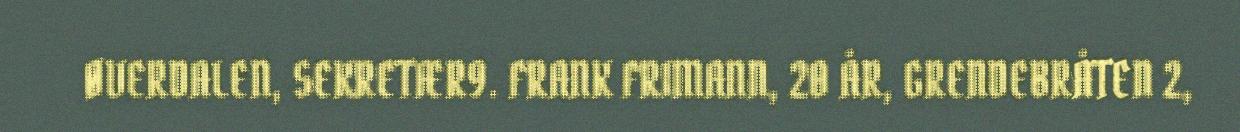
ØVERDALEN, SEKRETÆR9. FRANK FRIMANN, 20 ÅR, GRENDEBRÅTEN 2,